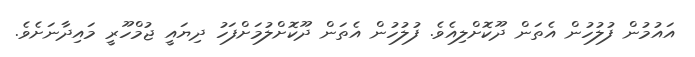
އައުމުން ފުލުހުން އެތަން ދޫކޮށްލިއެވެ. ފުލުހުން އެތަން ދޫކޮށްލުމަށްފަހު ދިޔައީ ޖުމްހޫރީ މައިދާނަށެވެ.